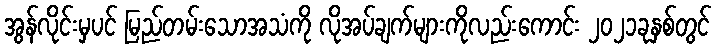
အွန်လိုင်းမှပင် မြည်တမ်းသောအသံကို လိုအပ်ချက်များကိုလည်းကောင်း ၂၀၂၁ခုနှစ်တွင်